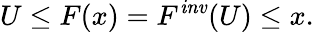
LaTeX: {U\leq F(x)}={F^{\mathit{inv}}(U)\leq x}.